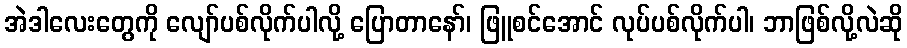
အဲဒါလေးတွေကို လျော်ပစ်လိုက်ပါလို့ ပြောတာနော်၊ ဖြူစင်အောင် လုပ်ပစ်လိုက်ပါ၊ ဘာဖြစ်လို့လဲဆို